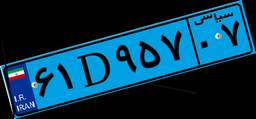
۶۱D۹۵۷۰۷